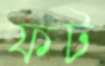
ফট